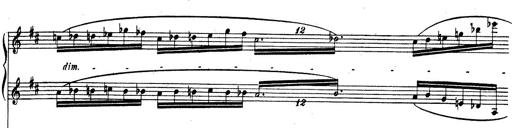
Title: Rhapsodie espagnole
Composer: Franz Liszt